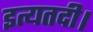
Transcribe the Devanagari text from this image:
इत्यतदी।